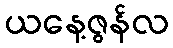
ယနေ့ဇွန်လ